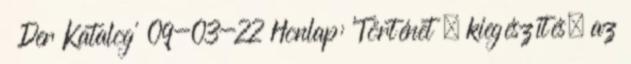
Der Katalog' 09-03-22 Honlap: 'Történet » kiegészítés, az